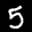
Label: 5